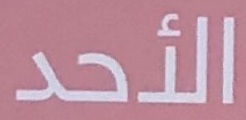
الأحد